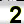
Digit: 2